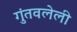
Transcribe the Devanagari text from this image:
गुंतवलेली